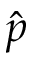
\hat { p }